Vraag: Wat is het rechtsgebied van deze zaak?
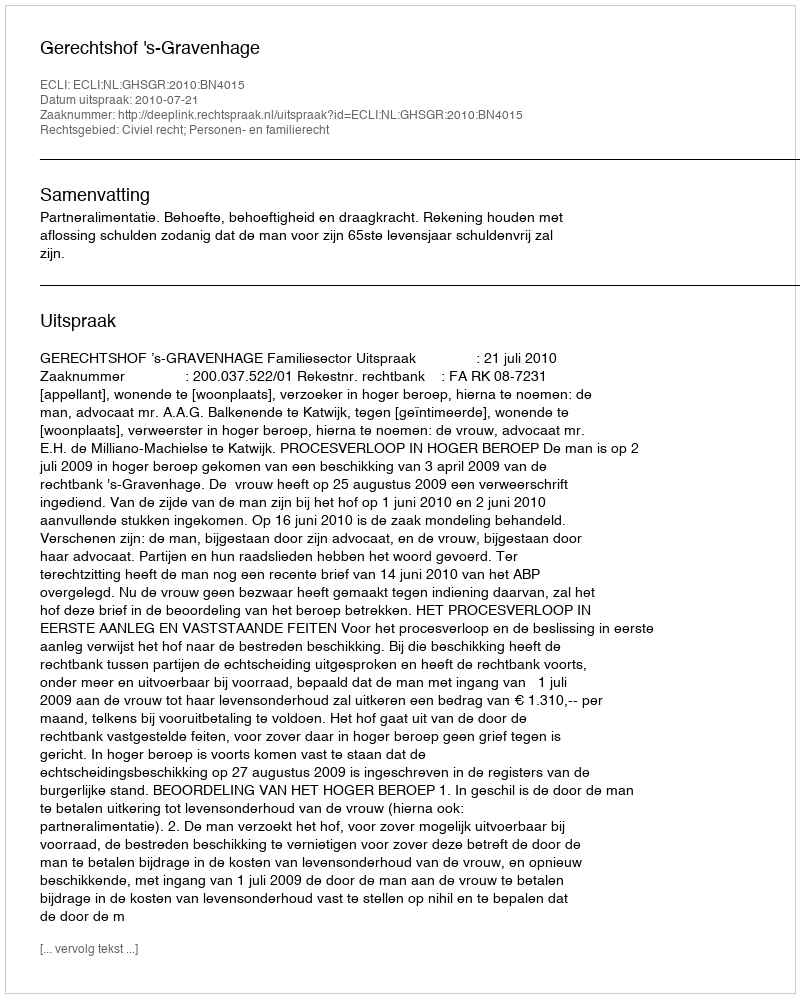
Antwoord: Civiel recht; Personen- en familierecht